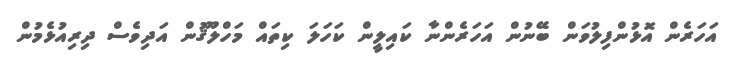
އަހަރެން އޮޅުންފިލުވަން ބޭނުން އަހަރެންނާ ކައިލީން ކަހަލަ ކިތައް މަހްލޫޤުން އަދިވެސް ދިރިއުޅެމުން